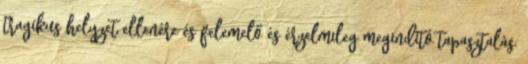
tragikus helyzet ellenére és felemelő és érzelmileg megindító tapasztalás.